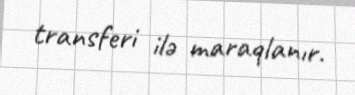
transferi ilə maraqlanır.